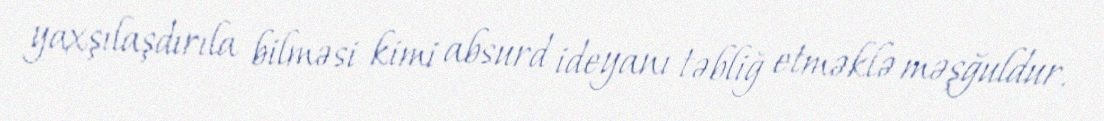
yaxşılaşdırıla bilməsi kimi absurd ideyanı təbliğ etməklə məşğuldur.